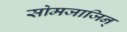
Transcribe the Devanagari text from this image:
सोमजाजिन्